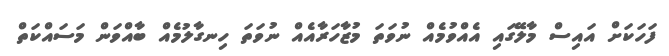
ފަހަކަށް އައިސް މާލޭގައި އެއްވުމެއް ނުވަތަ މުޒާހަރާއެއް ނުވަތަ ހިނގާލުމެއް ބާއްވަން މަސައްކަތް